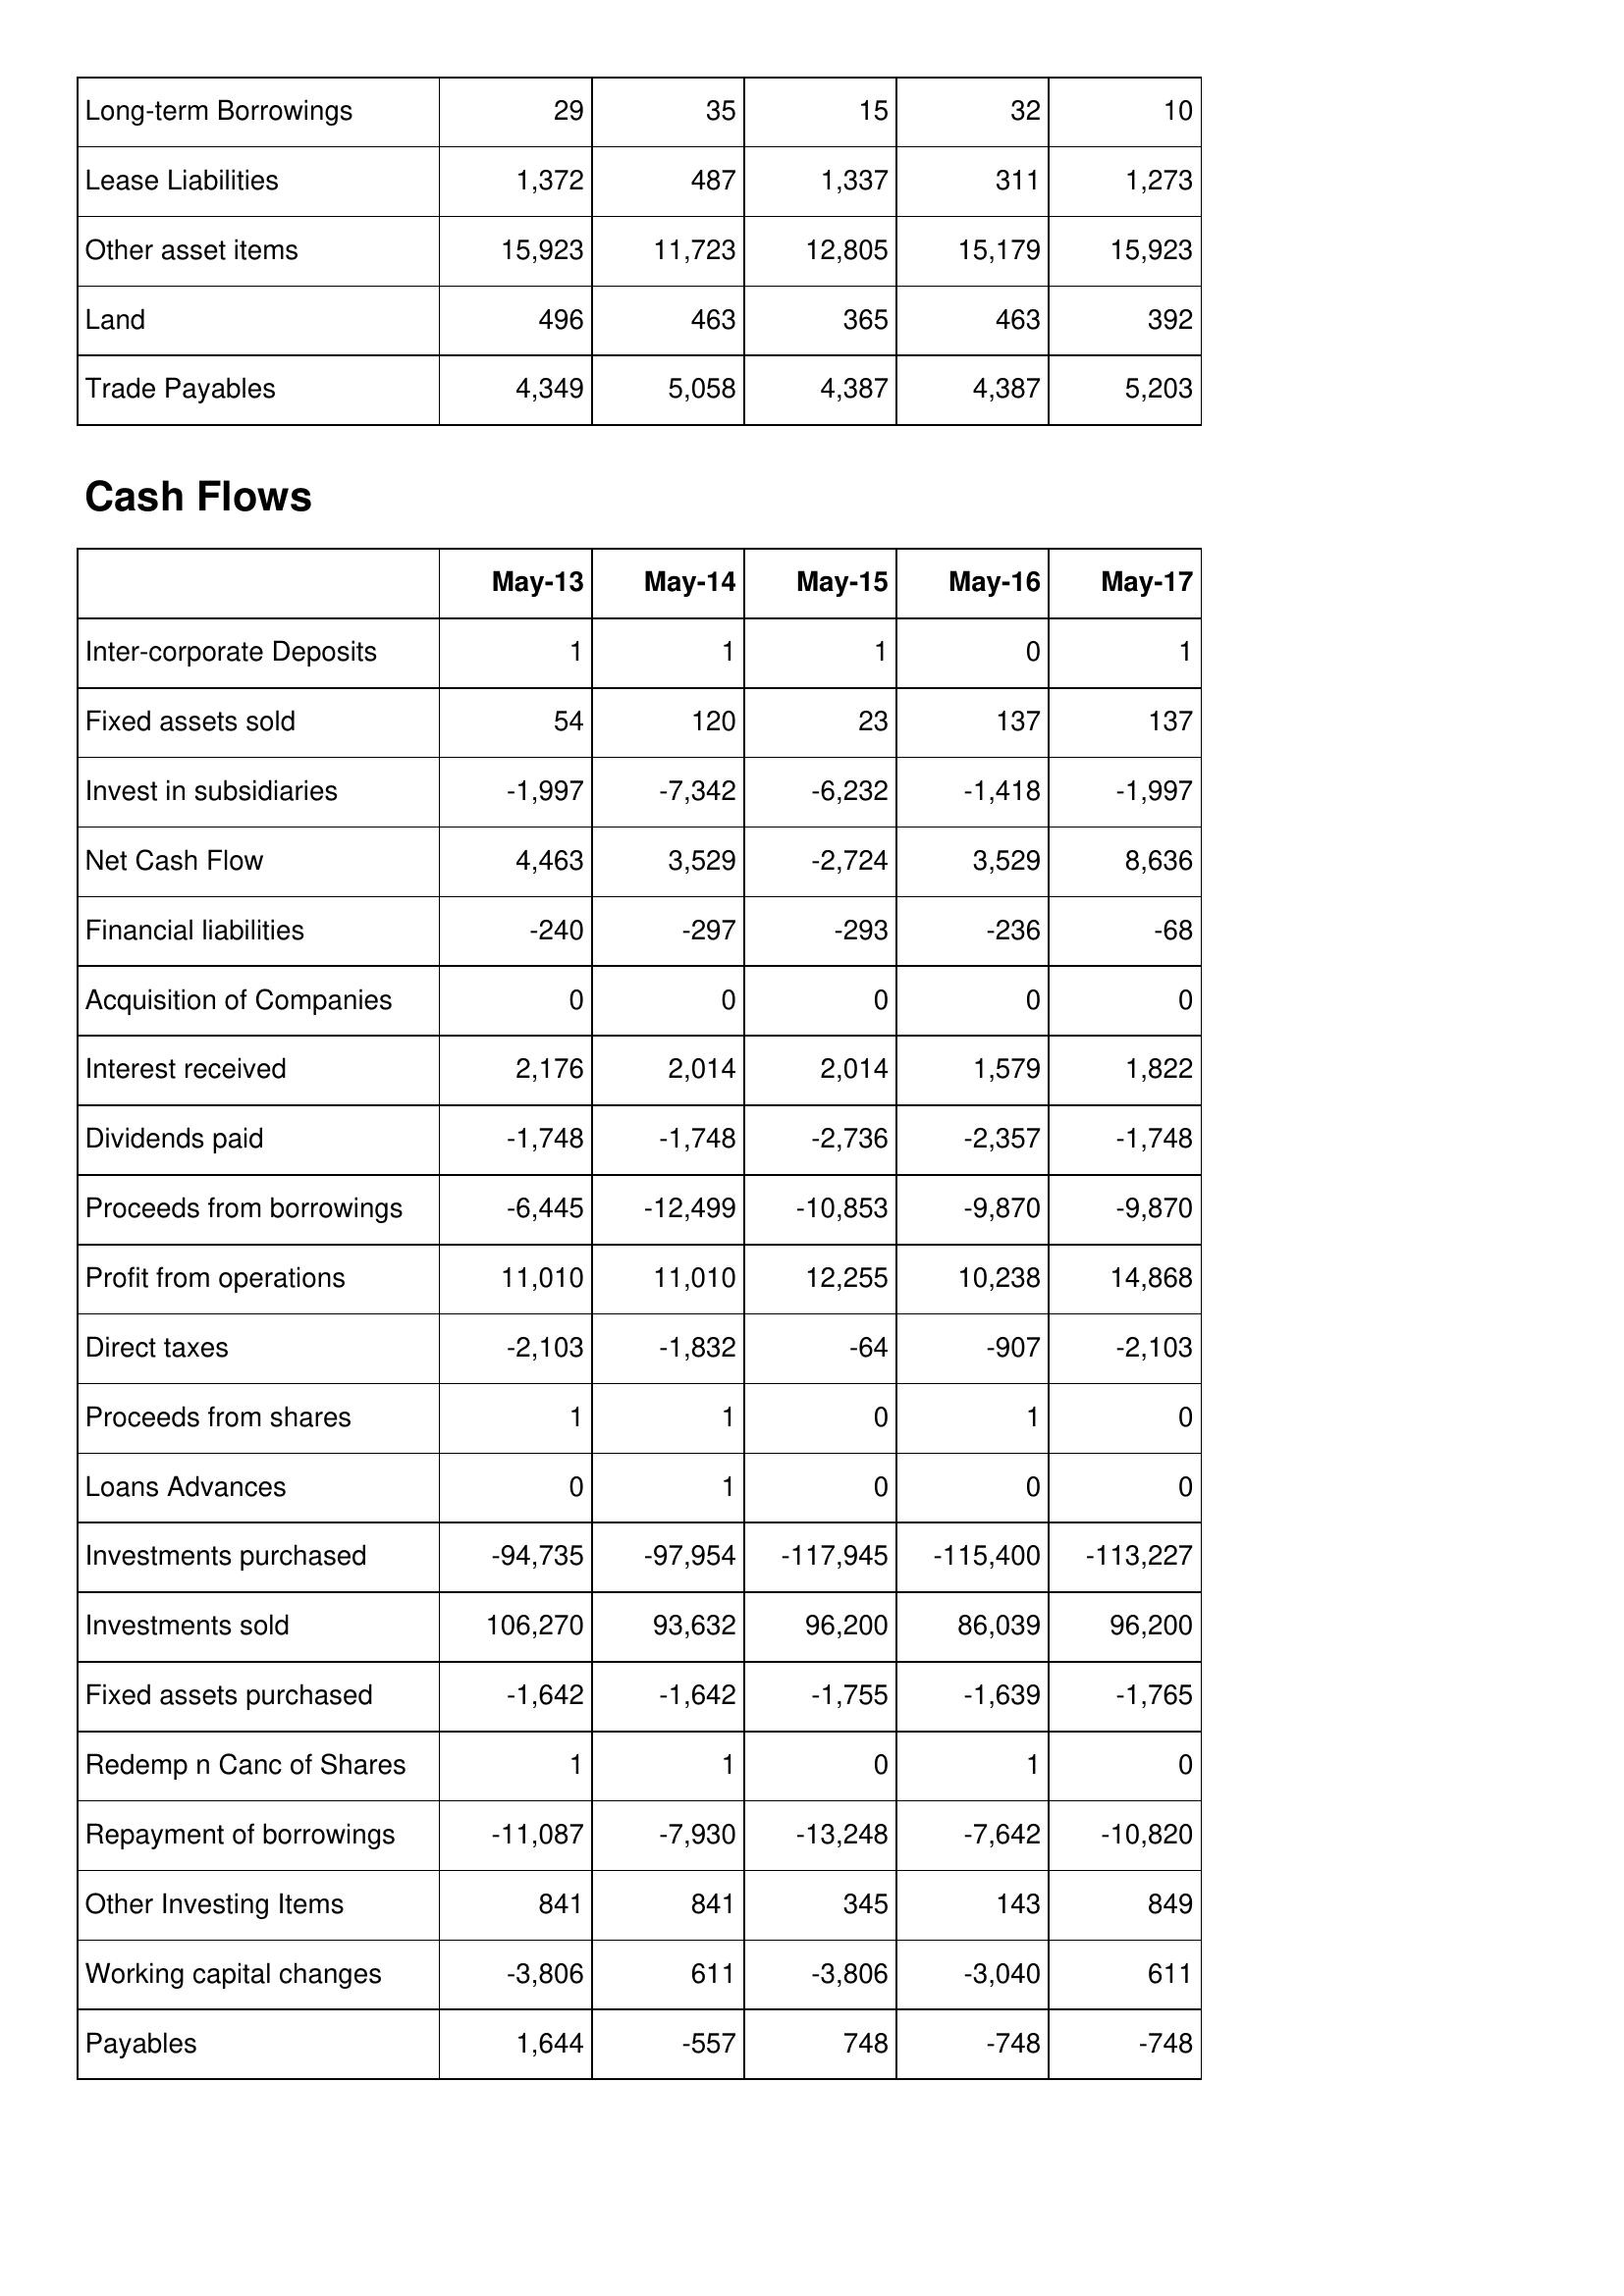
May-13: Balance Sheet: Long-term Borrowings: 29
Lease Liabilities: 1,372
Other asset items: 15,923
Land: 496
Trade Payables: 4,349
Cash Flows: Inter-corporate Deposits: 1
Fixed assets sold: 54
Invest in subsidiaries: -1,997
Net Cash Flow: 4,463
Financial liabilities: -240
Acquisition of Companies: 0
Interest received: 2,176
Dividends paid: -1,748
Proceeds from borrowings: -6,445
Profit from operations: 11,010
Direct taxes: -2,103
Proceeds from shares: 1
Loans Advances: 0
Investments purchased: -94,735
Investments sold: 106,270
Fixed assets purchased: -1,642
Redemp n Canc of Shares: 1
Repayment of borrowings: -11,087
Other Investing Items: 841
Working capital changes: -3,806
Payables: 1,644
May-14: Balance Sheet: Long-term Borrowings: 35
Lease Liabilities: 487
Other asset items: 11,723
Land: 463
Trade Payables: 5,058
Cash Flows: Inter-corporate Deposits: 1
Fixed assets sold: 120
Invest in subsidiaries: -7,342
Net Cash Flow: 3,529
Financial liabilities: -297
Acquisition of Companies: 0
Interest received: 2,014
Dividends paid: -1,748
Proceeds from borrowings: -12,499
Profit from operations: 11,010
Direct taxes: -1,832
Proceeds from shares: 1
Loans Advances: 1
Investments purchased: -97,954
Investments sold: 93,632
Fixed assets purchased: -1,642
Redemp n Canc of Shares: 1
Repayment of borrowings: -7,930
Other Investing Items: 841
Working capital changes: 611
Payables: -557
May-15: Balance Sheet: Long-term Borrowings: 15
Lease Liabilities: 1,337
Other asset items: 12,805
Land: 365
Trade Payables: 4,387
Cash Flows: Inter-corporate Deposits: 1
Fixed assets sold: 23
Invest in subsidiaries: -6,232
Net Cash Flow: -2,724
Financial liabilities: -293
Acquisition of Companies: 0
Interest received: 2,014
Dividends paid: -2,736
Proceeds from borrowings: -10,853
Profit from operations: 12,255
Direct taxes: -64
Proceeds from shares: 0
Loans Advances: 0
Investments purchased: -117,945
Investments sold: 96,200
Fixed assets purchased: -1,755
Redemp n Canc of Shares: 0
Repayment of borrowings: -13,248
Other Investing Items: 345
Working capital changes: -3,806
Payables: 748
May-16: Balance Sheet: Long-term Borrowings: 32
Lease Liabilities: 311
Other asset items: 15,179
Land: 463
Trade Payables: 4,387
Cash Flows: Inter-corporate Deposits: 0
Fixed assets sold: 137
Invest in subsidiaries: -1,418
Net Cash Flow: 3,529
Financial liabilities: -236
Acquisition of Companies: 0
Interest received: 1,579
Dividends paid: -2,357
Proceeds from borrowings: -9,870
Profit from operations: 10,238
Direct taxes: -907
Proceeds from shares: 1
Loans Advances: 0
Investments purchased: -115,400
Investments sold: 86,039
Fixed assets purchased: -1,639
Redemp n Canc of Shares: 1
Repayment of borrowings: -7,642
Other Investing Items: 143
Working capital changes: -3,040
Payables: -748
May-17: Balance Sheet: Long-term Borrowings: 10
Lease Liabilities: 1,273
Other asset items: 15,923
Land: 392
Trade Payables: 5,203
Cash Flows: Inter-corporate Deposits: 1
Fixed assets sold: 137
Invest in subsidiaries: -1,997
Net Cash Flow: 8,636
Financial liabilities: -68
Acquisition of Companies: 0
Interest received: 1,822
Dividends paid: -1,748
Proceeds from borrowings: -9,870
Profit from operations: 14,868
Direct taxes: -2,103
Proceeds from shares: 0
Loans Advances: 0
Investments purchased: -113,227
Investments sold: 96,200
Fixed assets purchased: -1,765
Redemp n Canc of Shares: 0
Repayment of borrowings: -10,820
Other Investing Items: 849
Working capital changes: 611
Payables: -748